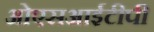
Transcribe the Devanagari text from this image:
ओएसआईटीपी